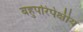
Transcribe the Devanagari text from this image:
बहुपरिपेक्षीय